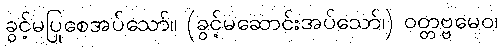
ခွင့်မပြုစေအပ်သော်။ (ခွင့်မဆောင်းအပ်သော်၊) ဝတ္တဗ္ဗမေဝ၊